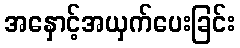
အနှောင့်အယှက်ပေးခြင်း